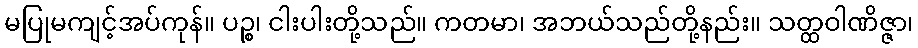
မပြုမကျင့်အပ်ကုန်။ ပဉ္စ၊ ငါးပါးတို့သည်။ ကတမာ၊ အဘယ်သည်တို့နည်း။ သတ္ထဝါဏိဇ္ဇာ၊